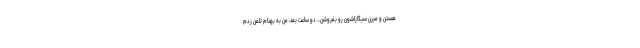
هستن و ميرن سيگاراشون رو بفروشن... دو ساعت بعد، من به بهنام تلفن زدم